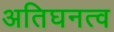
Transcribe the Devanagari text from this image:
अतिघनत्व